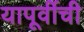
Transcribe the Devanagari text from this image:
यापूर्वीची